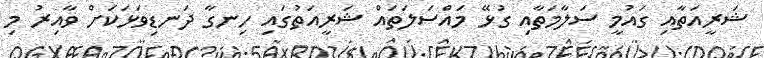
ޝަރީއަތާއި ގައުމީ ސަލާމަތާއި ގުޅޭ މައްސަލަތައް ޝަރީއަތުގައި ހިނގާ ދަނޑިވަޅަކަށް ވާއިރު މި